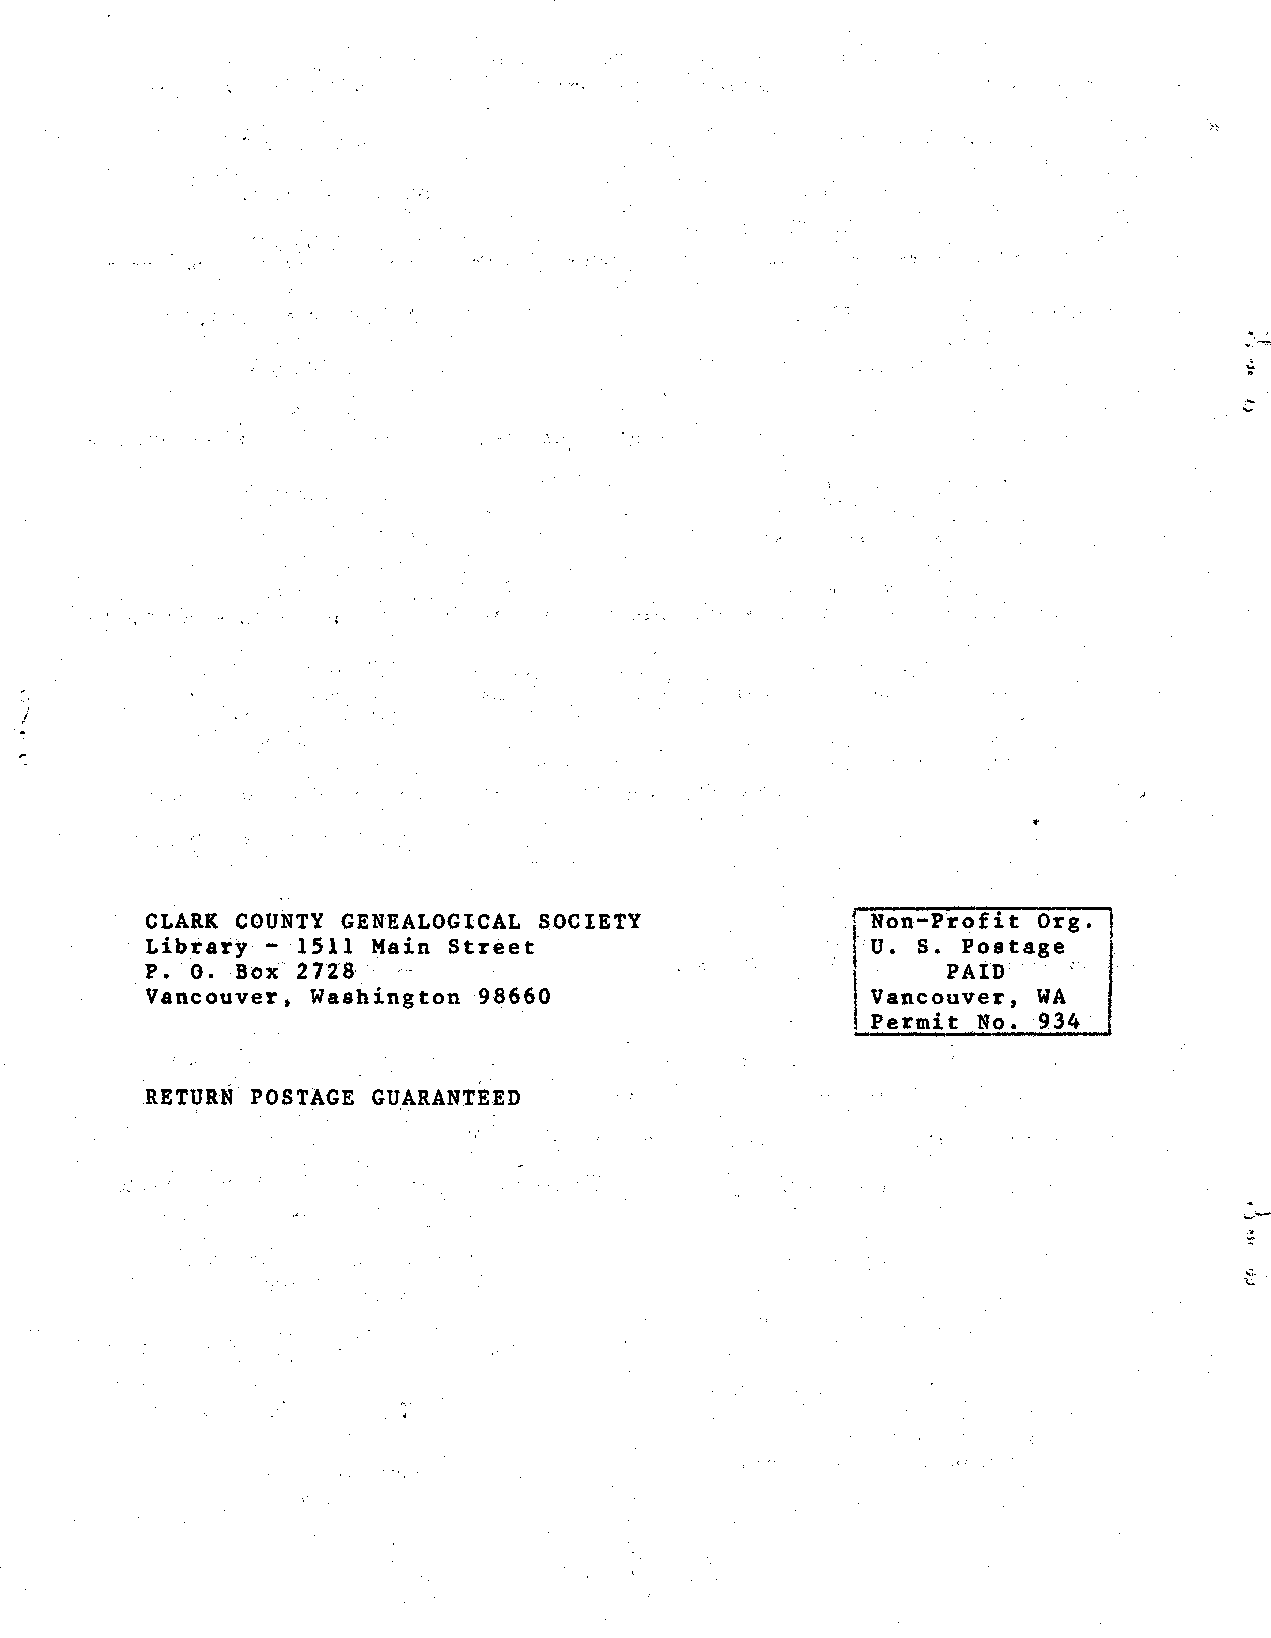
-.
 j
 j
 CLARK COUNTY GENEALOGICAL SOCIETY               Non-Profit Org.
 Library - 1511 Main Street                    j'U. S. Postage
 o.
 P.    Box 2728                                       PAID
 I
 Vancouver, Washington 98660                     Vancouver, WA
 I
 Permit No. 934
 RETURN POSTAGE GUARANTEED
 t: